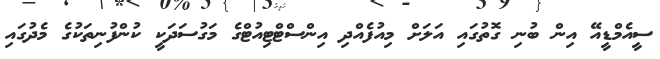
ސީއެމްޑީއޭ އިން ބުނި ގޮތުގައި އަލަށް މިއުފެއްދި އިންސްޓްޓިއުޓްގެ މަގުސަދަކީ ކުންފުނިތަކުގެ މެދުގައި